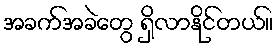
အခက်အခဲတွေ ရှိလာနိုင်တယ်။